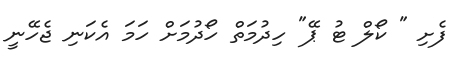
ފެށި " ކޯލް ޓު ޕޭ" ހިދުމަތް ހޯދުމަށް ހަމަ އެކަނި ޖެހޭނީ